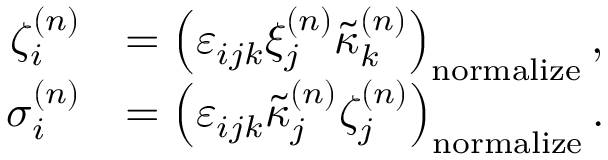
\begin{array} { r l } { \zeta _ { i } ^ { ( n ) } } & { = \left( \varepsilon _ { i j k } \xi _ { j } ^ { ( n ) } \tilde { \kappa } _ { k } ^ { ( n ) } \right) _ { \mathrm { n o r m a l i z e } } , } \\ { \sigma _ { i } ^ { ( n ) } } & { = \left( \varepsilon _ { i j k } \tilde { \kappa } _ { j } ^ { ( n ) } \zeta _ { j } ^ { ( n ) } \right) _ { \mathrm { n o r m a l i z e } } . } \end{array}